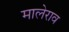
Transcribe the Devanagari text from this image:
मालेराव